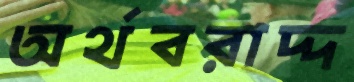
অর্থবরাদ্দ